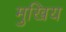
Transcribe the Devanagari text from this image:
मुखिय